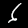
Label: 6